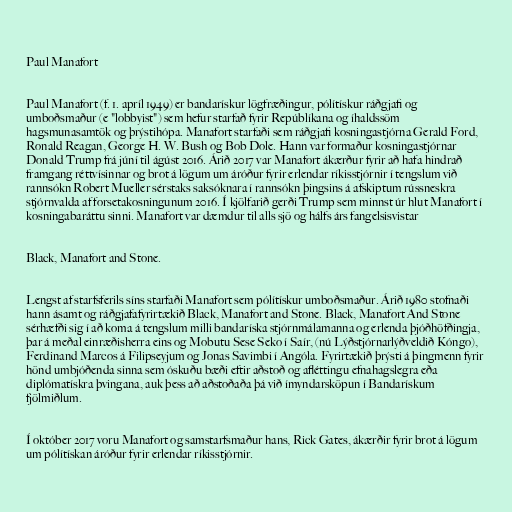
Paul Manafort

Paul Manafort (f. 1. apríl 1949) er bandarískur lögfræðingur, pólítískur ráðgjafi og
umboðsmaður (e "lobbyist") sem hefur starfað fyrir Repúblíkana og íhaldssöm
hagsmunasamtök og þrýstihópa. Manafort starfaði sem ráðgjafi kosningastjórna Gerald Ford,
Ronald Reagan, George H. W. Bush og Bob Dole. Hann var formaður kosningastjórnar
Donald Trump frá júní til ágúst 2016. Árið 2017 var Manafort ákærður fyrir að hafa hindrað
framgang réttvísinnar og brot á lögum um áróður fyrir erlendar ríkisstjórnir í tengslum við
rannsókn Robert Mueller sérstaks saksóknara í rannsókn þingsins á afskiptum rússneskra
stjórnvalda af forsetakosningunum 2016. Í kjölfarið gerði Trump sem minnst úr hlut Manafort í
kosningabaráttu sinni. Manafort var dæmdur til alls sjö og hálfs árs fangelsisvistar

Black, Manafort and Stone.

Lengst af starfsferils síns starfaði Manafort sem pólítískur umboðsmaður. Árið 1980 stofnaði
hann ásamt og ráðgjafafyrirtækið Black, Manafort and Stone. Black, Manafort And Stone
sérhæfði sig í að koma á tengslum milli bandaríska stjórnmálamanna og erlenda þjóðhöfðingja,
þar á meðal einræðisherra eins og Mobutu Sese Seko í Saír, (nú Lýðstjórnarlýðveldið Kóngo),
Ferdinand Marcos á Filipseyjum og Jonas Savimbi í Angóla. Fyrirtækið þrýsti á þingmenn fyrir
hönd umbjóðenda sinna sem óskuðu bæði eftir aðstoð og afléttingu efnahagslegra eða
diplómatískra þvingana, auk þess að aðstoðaða þá við ímyndarsköpun í Bandarískum
fjölmiðlum.

Í október 2017 voru Manafort og samstarfsmaður hans, Rick Gates, ákærðir fyrir brot á lögum
um pólítískan áróður fyrir erlendar ríkisstjórnir.